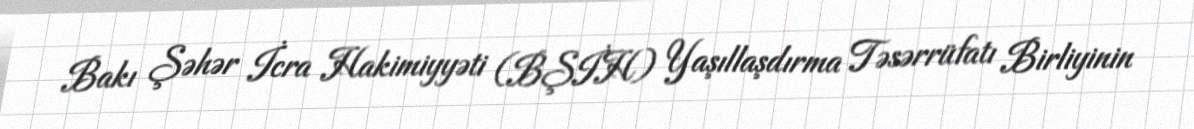
Bakı Şəhər İcra Hakimiyyəti (BŞİH) Yaşıllaşdırma Təsərrüfatı Birliyinin